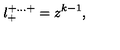
l _ { + } ^ { + \ldots + } = z ^ { k - 1 } ,